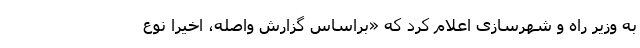
به وزیر راه و شهرسازی اعلام کرد که «براساس گزارش واصله، اخیراً نوع